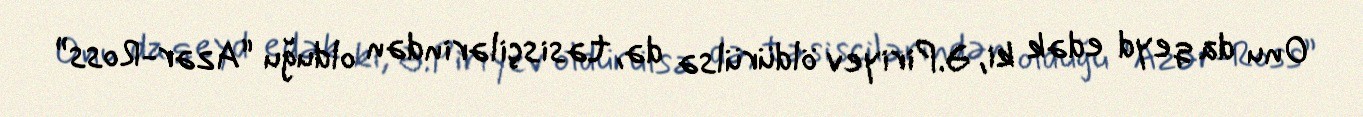
Onu da qeyd edək ki, Ə.Piriyev öldürülsə də, təsisçilərindən olduğu “Azər-Ross”